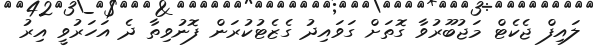
ލައިފް ޖެކެޓް މަޖުބޫރުވާ ގޮތަށް ގަވައިދު ގެޒެޓުކުރަން ފޮނުވިތާ ދެ އަހަރުވީ އިރު